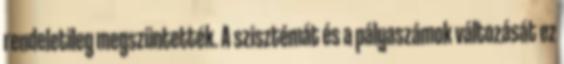
rendeletileg megszüntették. A szisztémát és a pályaszámok változását ez